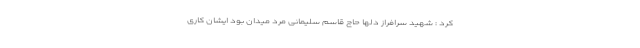
کرد : شهید سرافراز دلها حاج قاسم سلیمانی مرد میدان بود ایشان کاری